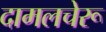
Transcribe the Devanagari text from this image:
दामलचेरू